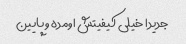
جدیدا خیلی کیفیتش اومده و پایین